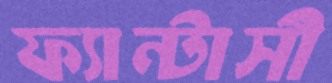
ফ্যান্টাসী